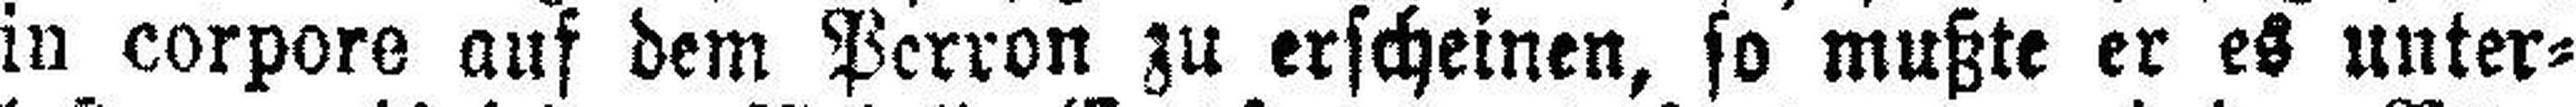
in corpore auf dem Perron zu erscheinen, so mußte er es unter¬